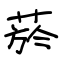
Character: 菸